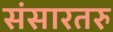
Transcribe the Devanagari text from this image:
संसारतरु